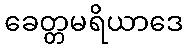
ခေတ္တမရိယာဒေ